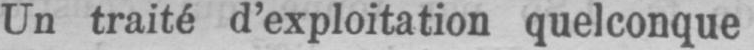
Un traité d’exploitation quelconque